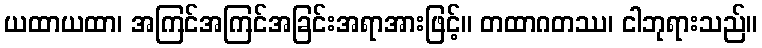
ယထာယထာ၊ အကြင်အကြင်အခြင်းအရာအားဖြင့်။ တထာဂတဿ၊ ငါဘုရားသည်။